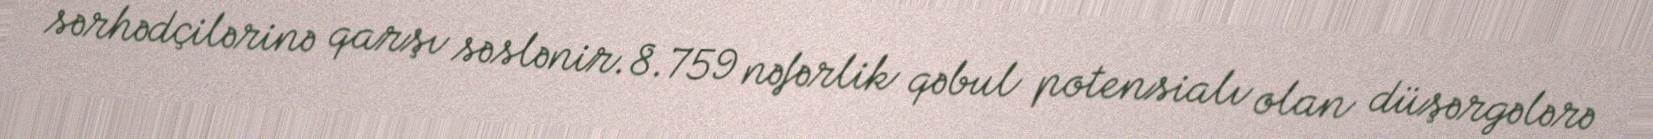
sərhədçilərinə qarşı səslənir.8.759 nəfərlik qəbul potensialı olan düşərgələrə